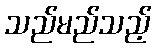
သည်မည်သည့်